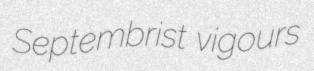
Septembrist vigours